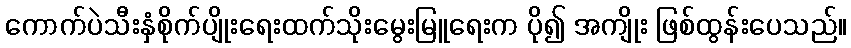
ကောက်ပဲသီးနှံစိုက်ပျိုးရေးထက်သိုးမွေးမြူရေးက ပို၍ အကျိုး ဖြစ်ထွန်းပေသည်။